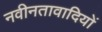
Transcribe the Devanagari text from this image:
नवीनतावादियों